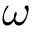
\omega